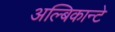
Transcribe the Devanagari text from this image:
अल्बिकान्टे